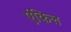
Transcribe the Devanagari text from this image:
एंकिल